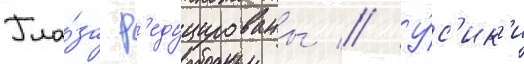
Гла́за р'едуцированы // У́с'ик'и